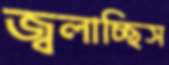
জ্বলাচ্ছিস